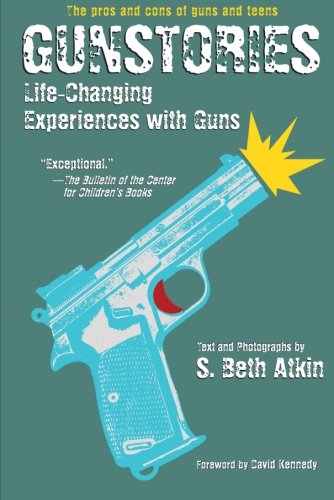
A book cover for Gunstories: Life-Changing Experiences with Guns; S. Beth Atkin; Teen & Young Adult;